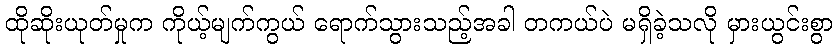
ထိုဆိုးယုတ်မှုက ကိုယ့်မျက်ကွယ် ရောက်သွားသည့်အခါ တကယ်ပဲ မရှိခဲ့သလို မှားယွင်းစွာ